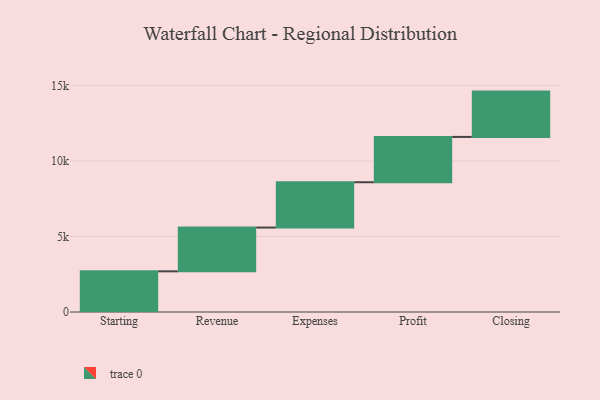
{"axis": {"x": "Step", "y": "Value"}, "legend": [""], "data": [{"x": "Starting", "y": 2692.0, "type": ""}, {"x": "Revenue", "y": 2899.0, "type": ""}, {"x": "Expenses", "y": 3000, "type": ""}, {"x": "Profit", "y": 3000, "type": ""}, {"x": "Closing", "y": 3000, "type": ""}]}